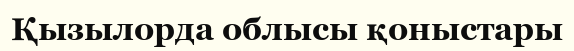
Қызылорда облысы қоныстары